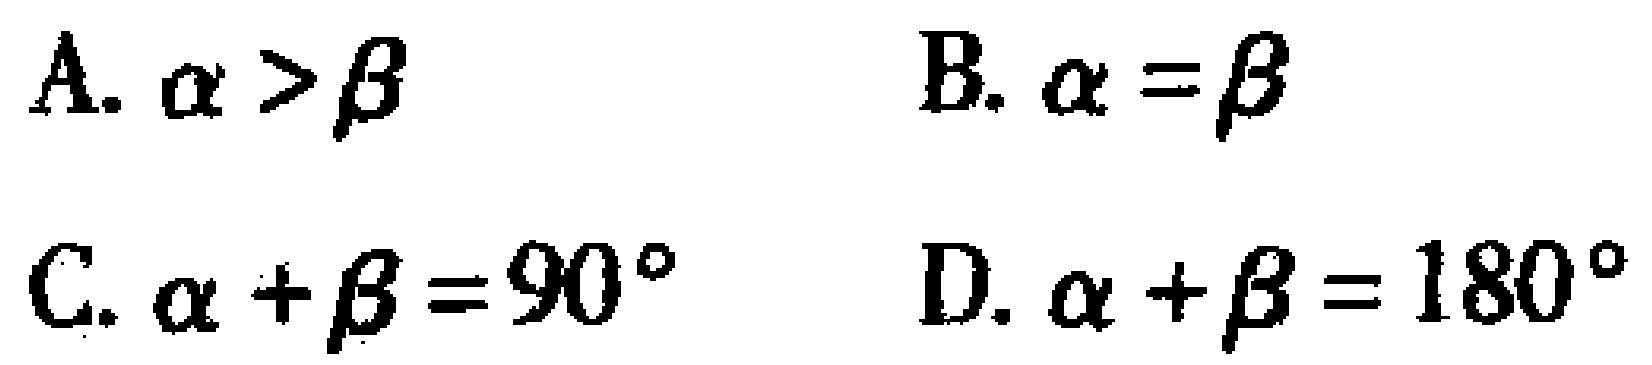
A. $\alpha > \beta$
B. $\alpha = \beta$
C. $\alpha + \beta = 90^{\circ}$
D. $\alpha + \beta = 180^{\circ}$